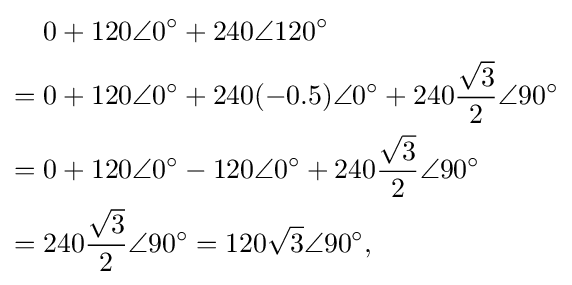
{\begin{aligned}&0+120\angle 0^{\circ }+240\angle 120^{\circ }\\={}&0+120\angle 0^{\circ }+240(-0.5)\angle 0^{\circ }+240{\frac {\sqrt {3}}{2}}\angle 90^{\circ }\\={}&0+120\angle 0^{\circ }-120\angle 0^{\circ }+240{\frac {\sqrt {3}}{2}}\angle 90^{\circ }\\={}&240{\frac {\sqrt {3}}{2}}\angle 90^{\circ }=120{\sqrt {3}}\angle 90^{\circ },\end{aligned}}